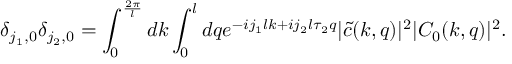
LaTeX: \delta _ { j _ { 1 } , 0 } \delta _ { j _ { 2 } , 0 } = \int _ { 0 } ^ { \frac { 2 \pi } { l } } d k \int _ { 0 } ^ { l } d q e ^ { - i j _ { 1 } l k + i j _ { 2 } l \tau _ { 2 } q } | \tilde { c } ( k , q ) | ^ { 2 } | C _ { 0 } ( k , q ) | ^ { 2 } .